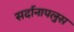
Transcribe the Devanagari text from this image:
सर्दानापलुस